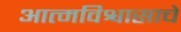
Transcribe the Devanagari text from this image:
आत्मविश्वासाचे